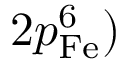
2 p _ { \mathrm { F e } } ^ { 6 } )